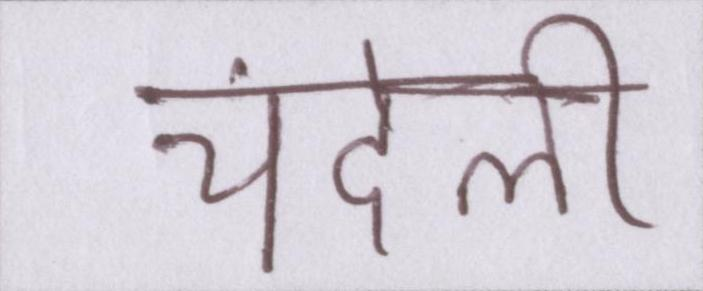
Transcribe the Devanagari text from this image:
चंदेली